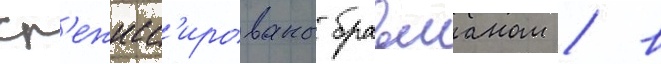
ср'ежисс'ированы бравманом / в